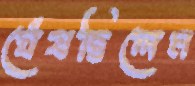
ঘেঁষছিলেম